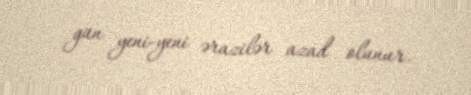
gün yeni-yeni ərazilər azad olunur.